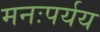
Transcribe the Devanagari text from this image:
मनःपर्यय